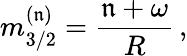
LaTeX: m_{3/2}^{(\mathfrak{n})}=\frac{{\mathfrak{n}+\omega}}{{R}}\, ,